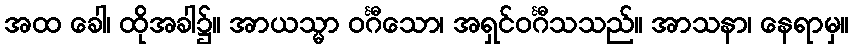
အထ ခေါ၊ ထိုအခါ၌။ အာယသ္မာ ဝင်္ဂီသော၊ အရှင်ဝင်္ဂီသသည်။ အာသနာ၊ နေရာမှ။